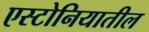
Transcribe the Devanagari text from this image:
एस्टोनियातील